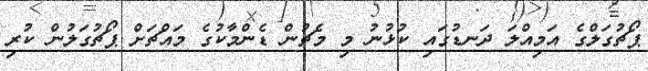
ޕޯޗުގަލްގެ އަމިއްލަ ދަނޑުގައި ކުޅުނު މި މެޗުން ޑެންމާކުގެ މައްޗަށް ޕޯޗުގަލުން ކުރި